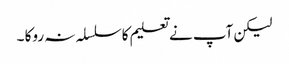
لیکن آپ نے تعلیم کاسلسلہ نہ روکا ۔